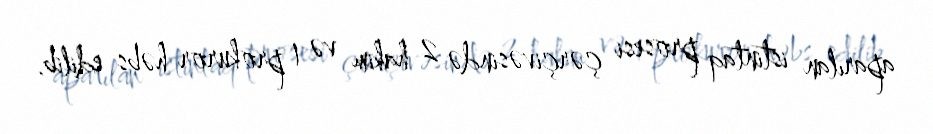
aparılan istintaq prosesi çərçivəsində 2 hakim və 1 prokuror həbs edilib.